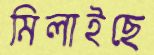
মিলাইছে